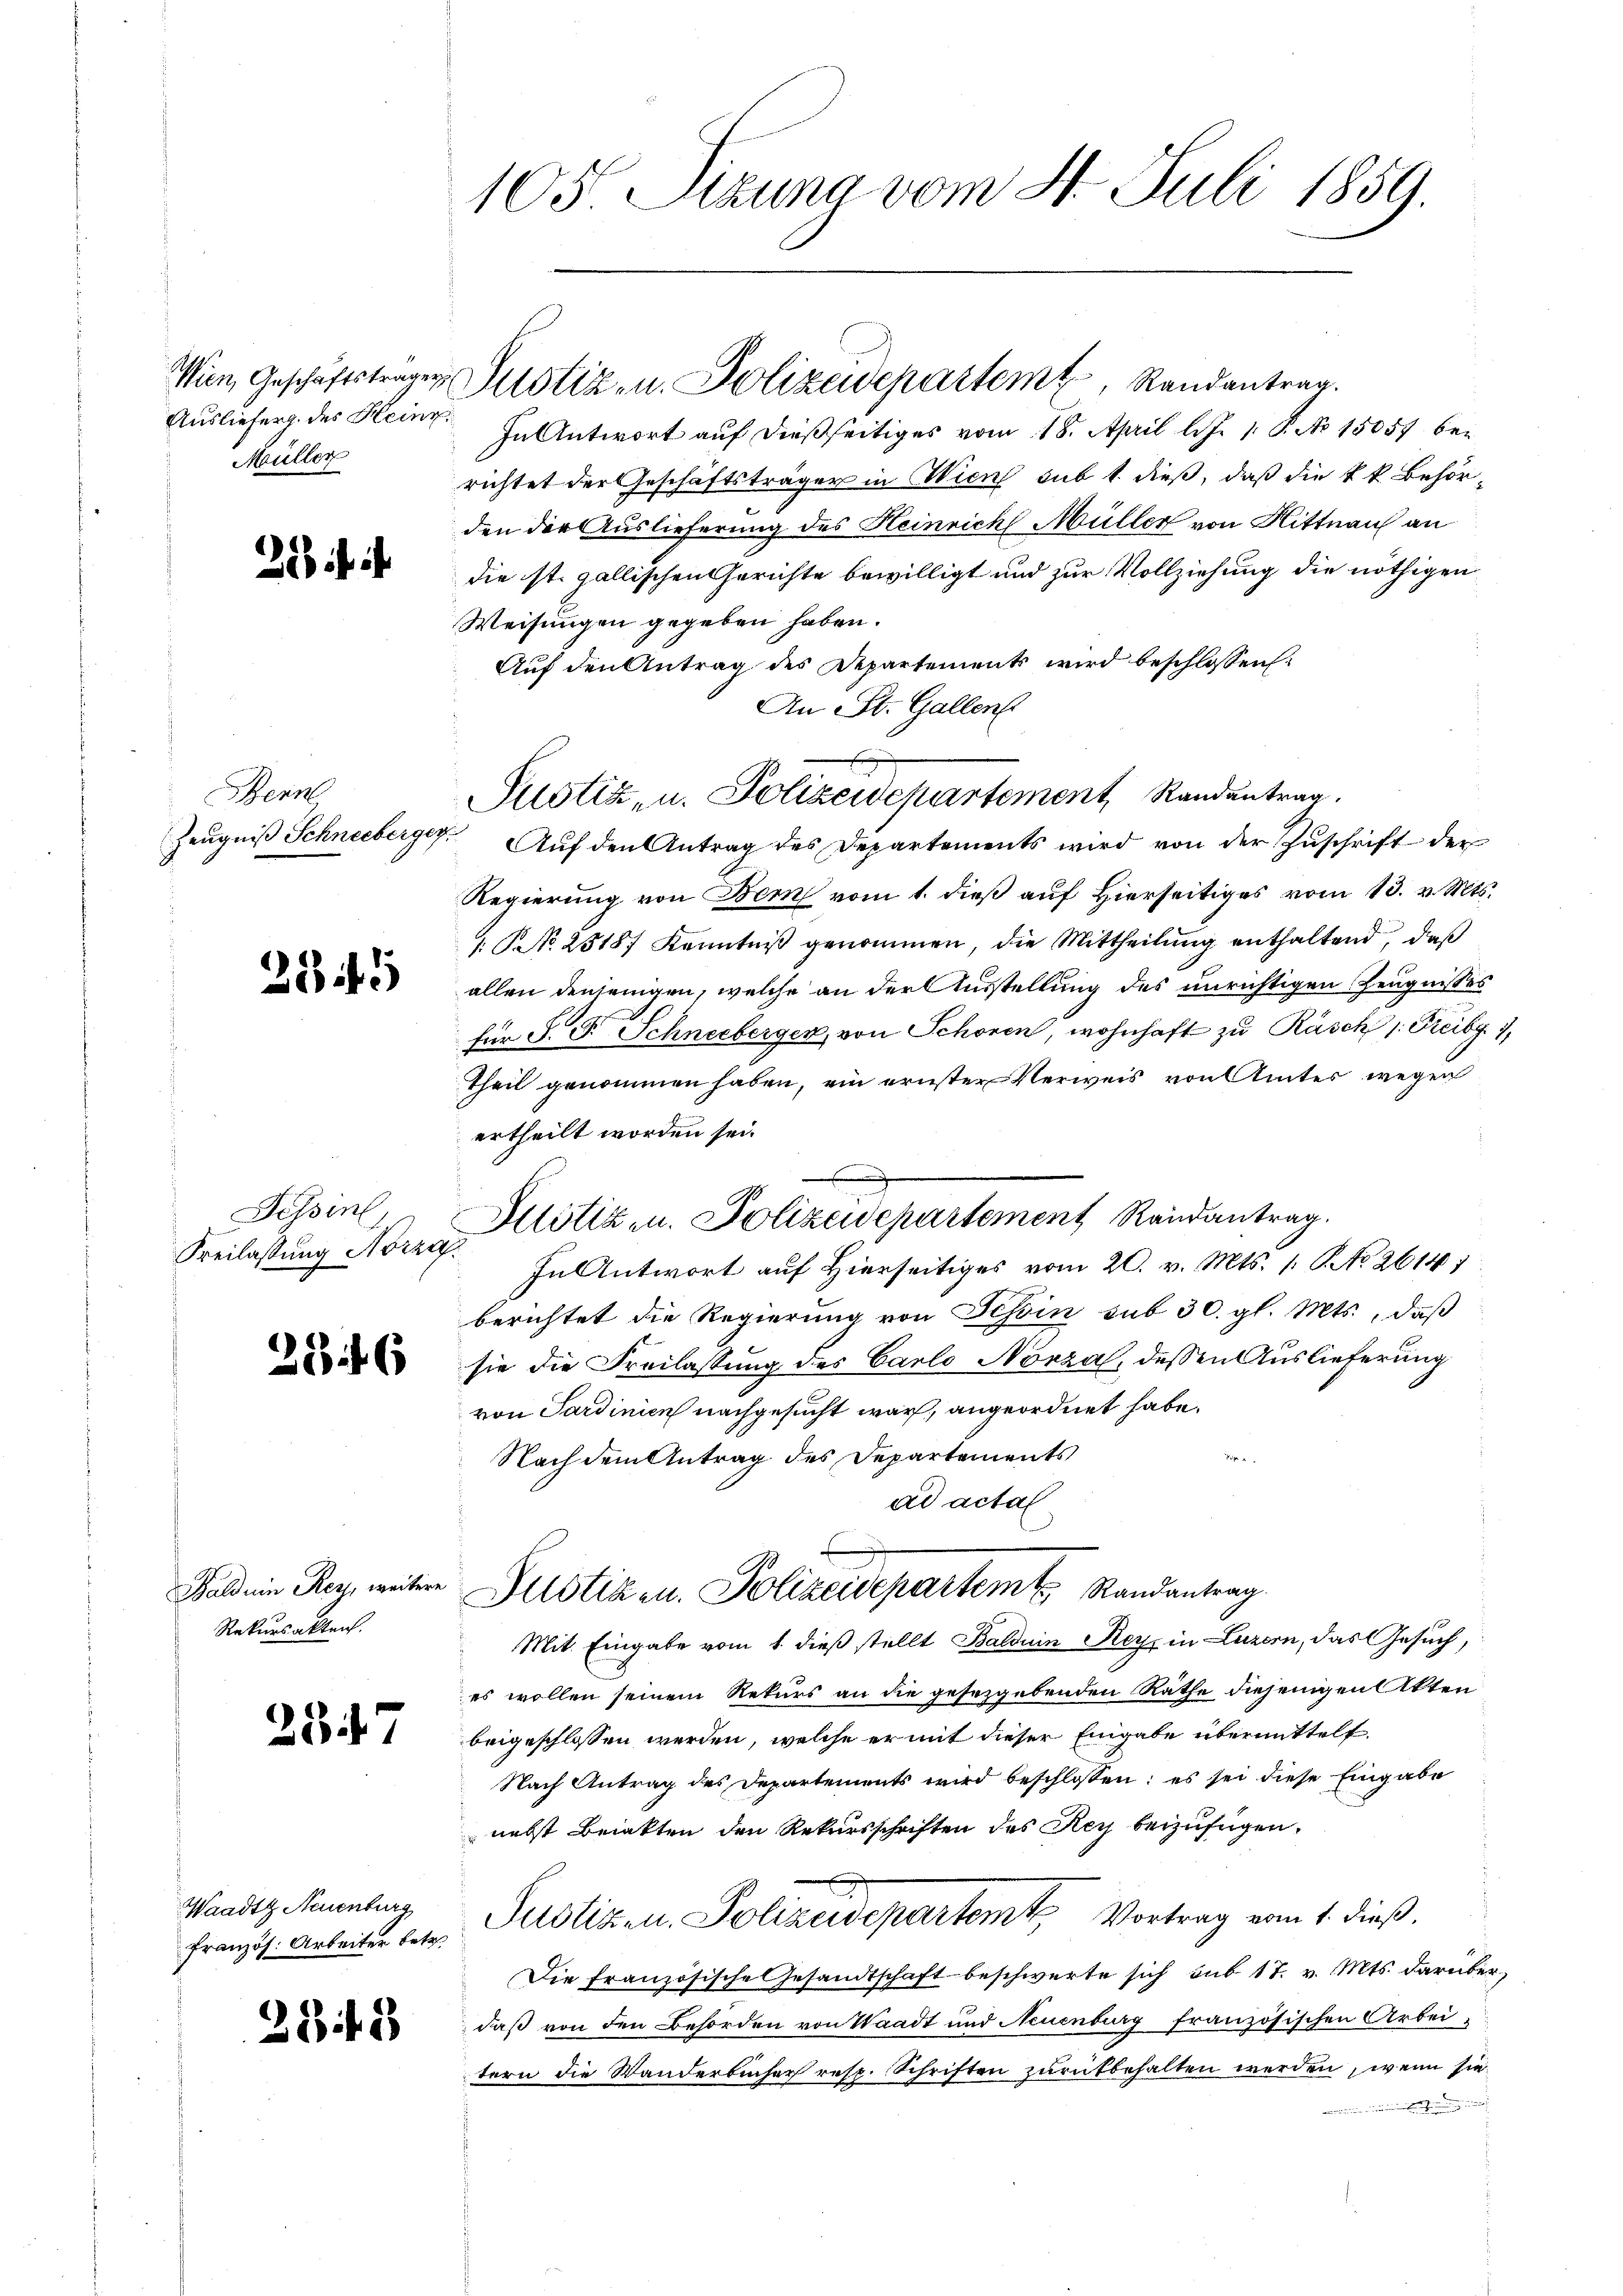
Wien, Geschäftstragen
Ausliefer des Heinr
Müller

2

Bern,
Zeugniß Schneeberge,

25 f 1

Tessin
Freilassung Norza

284

Baldein Rey, weitere
Rekursakten.

254

Waadtz Neuenburg,
Französ. Arbeiter betr.

38 f. 8

105 Stzung vom 4. Juli 1859.

Justiz- u. Polizeidepartem Randantrag.

In Antwort auf dießseitiges vom 18. April l. J. 1. P. No 15057 berichtet der Geschäftsträger in Wien sub 1 dieß, daß die kk. Behör-
den der Auslieferung des Heinrich Müller von Hittnau an
die st. gallischen Gerichte bewilligt und zur Vollziehung die nöthigen
Weisungen gegeben haben.
Auf den Antrag des Departements wird beschlossen:
An St. Gallen
Auf den Antrag des Departements wird von der Zuschrift der
Regierung von Bern vom 1. dieß auf Hierseitiges vom 13. v. Mts.
1. No. 2518 Kenntniß genommen, die Mittheilung enthaltend, daß
allen denjenigen, welche an der Ausstellung des unrichtigen Zeugnisses
für J. F. Schneeberger, von Schönen, wohnhaft zu Rüsch 1. Freibg. 1
Theil genommen haben, ein ernster Verweis von Amtes wegen
ertheilt worden sei.
G
Allotizen. Polizeidepartement Randantrag
In Antwort auf Hierseitiges vom 20. v. Mts. /: P. No 2614/
berichtet die Regierung von Tessin sub 30. gl. Mts., daß
sie die Freilassung des Carlo Nörza, dessen Auslieferung
von Sardinien nachgesucht war, angeordnet habe.

Nach dem Antrag des Departements
ad actal
Justiken. Polizeidepartem Randantrag.
Mit Eingabe vom 1. dieß stellt Balduin Rey in Luzern, das Gesuch,
es wollen seinem Rekurs an die gesezgebenden Rathe diejenigen Akten
beigeschlossen werden, welche er mit dieser Eingabe übermittelt
Nach Antrag des Departements wird beschlossen: es sei diese Eingabe
nebst Breiakten den Rekursschriften des Rey beizufügen.
Justizen Polizeidepartemt. Vortrag vom 1. dieß.
Die Französische Gesandtschaft beschwerte sich sub 17. v. Mts. darüber
daß von den Behörden von Waadt und Neuenburg französischen Arbeitern die Wanderbücher resp. Schriften zurükbehalten werden, wenn sie
iierten

Justiz, u. Polizeidepartement, Randantrag.